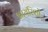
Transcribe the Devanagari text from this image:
आयरिशों